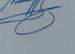
Signature authenticity: genuine